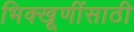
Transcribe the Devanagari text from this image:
भिक्खूणींसाठी